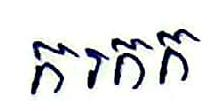
ករកក